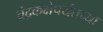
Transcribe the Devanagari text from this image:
चंद्रकक्षेपर्यंतच्या